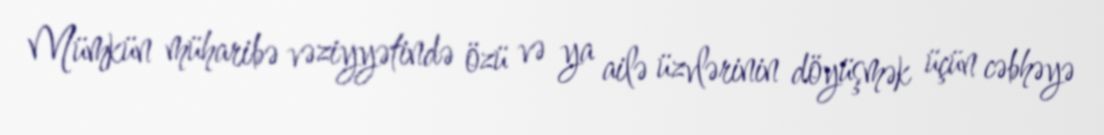
Mümkün müharibə vəziyyətində özü və ya ailə üzvlərinin döyüşmək üçün cəbhəyə